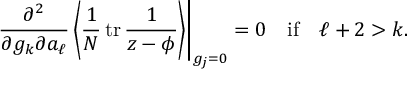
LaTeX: \left. \frac { \partial ^ { 2 } } { \partial g _ { k } \partial a _ { \ell } } \left\langle \frac 1 N \, \mathrm { t r } \, \frac { 1 } { z - \phi } \right\rangle \right| _ { g _ { j } = 0 } = 0 \ \ \mathrm { ~ i f ~ } \ \ \ell + 2 > k .